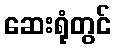
ဆေးရုံတွင်